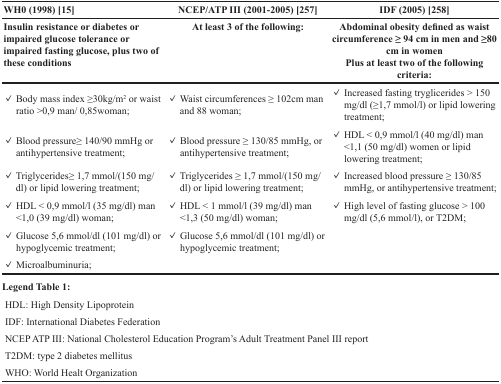
| WH0 (1998) [15] | NCEP/ATP III (2001-2005) [257] | IDF (2005) [258] |
 | Insulin resistance or diabetes or impaired glucose tolerance or impaired fasting glucose, plus two of these conditions | At least 3 of the following: | Abdominal obesity defined as waist circumference ≥ 94 cm in men and ≥80 cm in womenPlus at least two of the following criteria: |
 | --- | --- | --- |
 | ✓ Body mass index ≥30kg/m2 or waist ratio >0,9 man/ 0,85woman; | ✓ Waist circumferences ≥ 102cm man and 88 woman; | ✓ Increased fasting tryglicerides > 150 mg/dl (≥1,7 mmol/l) or lipid lowering treatment; |
 | ✓ Blood pressure≥ 140/90 mmHg or antihypertensive treatment; | ✓ Blood pressure ≥ 130/85 mmHg, or antihypertensive treatment; | ✓ HDL < 0,9 mmol/l (40 mg/dl) man <1,1 (50 mg/dl) women or lipid lowering treatment; |
 | ✓ Triglycerides≥ 1,7 mmol/(150 mg/dl) or lipid lowering treatment; | ✓ Triglycerides ≥ 1,7 mmol/(150 mg/dl) or lipid lowering treatment; | ✓ Increased blood pressure ≥ 130/85 mmHg, or antihypertensive treatment; |
 | ✓ HDL < 0,9 mmol/l (35 mg/dl) man <1,0 (39 mg/dl) woman; | ✓ HDL < 1 mmol/l (39 mg/dl) man <1,3 (50 mg/dl) woman; | ✓ High level of fasting glucose > 100 mg/dl (5,6 mmol/l), or T2DM; |
 | ✓ Glucose 5,6 mmol/dl (101 mg/dl) or hypoglycemic treatment; | ✓ Glucose 5,6 mmol/dl (101 mg/dl) or hypoglycemic treatment; |  |
 | ✓ Microalbuminuria; |  |  |
 | <COLSPAN=3> Legend Table 1: HDL: High Density Lipoprotein IDF: International Diabetes Federation NCEP ATP III: National Cholesterol Education Program's Adult Treatment Panel III report T2DM: type 2 diabetes mellitus WHO: World Healt Organization |